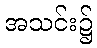
အသင်း၌